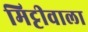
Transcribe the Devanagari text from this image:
मिट्टीवाला